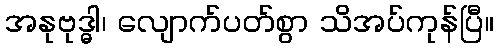
အနုဗုဒ္ဓါ၊ လျောက်ပတ်စွာ သိအပ်ကုန်ပြီ။